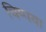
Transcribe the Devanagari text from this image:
चिप्पया